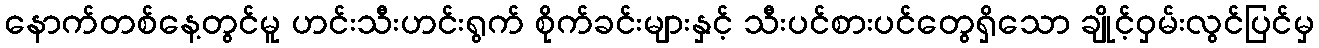
နောက်တစ်နေ့တွင်မူ ဟင်းသီးဟင်းရွက် စိုက်ခင်းများနှင့် သီးပင်စားပင်တွေရှိသော ချိုင့်ဝှမ်းလွင်ပြင်မှ